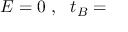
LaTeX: E = 0 ~ , ~ ~ t _ { B } =